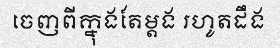
ចេញពីក្នុងតែម្តង រហូតដឹង